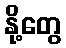
နို့တွေ